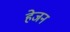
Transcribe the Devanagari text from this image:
हेजन